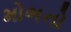
મોભનો